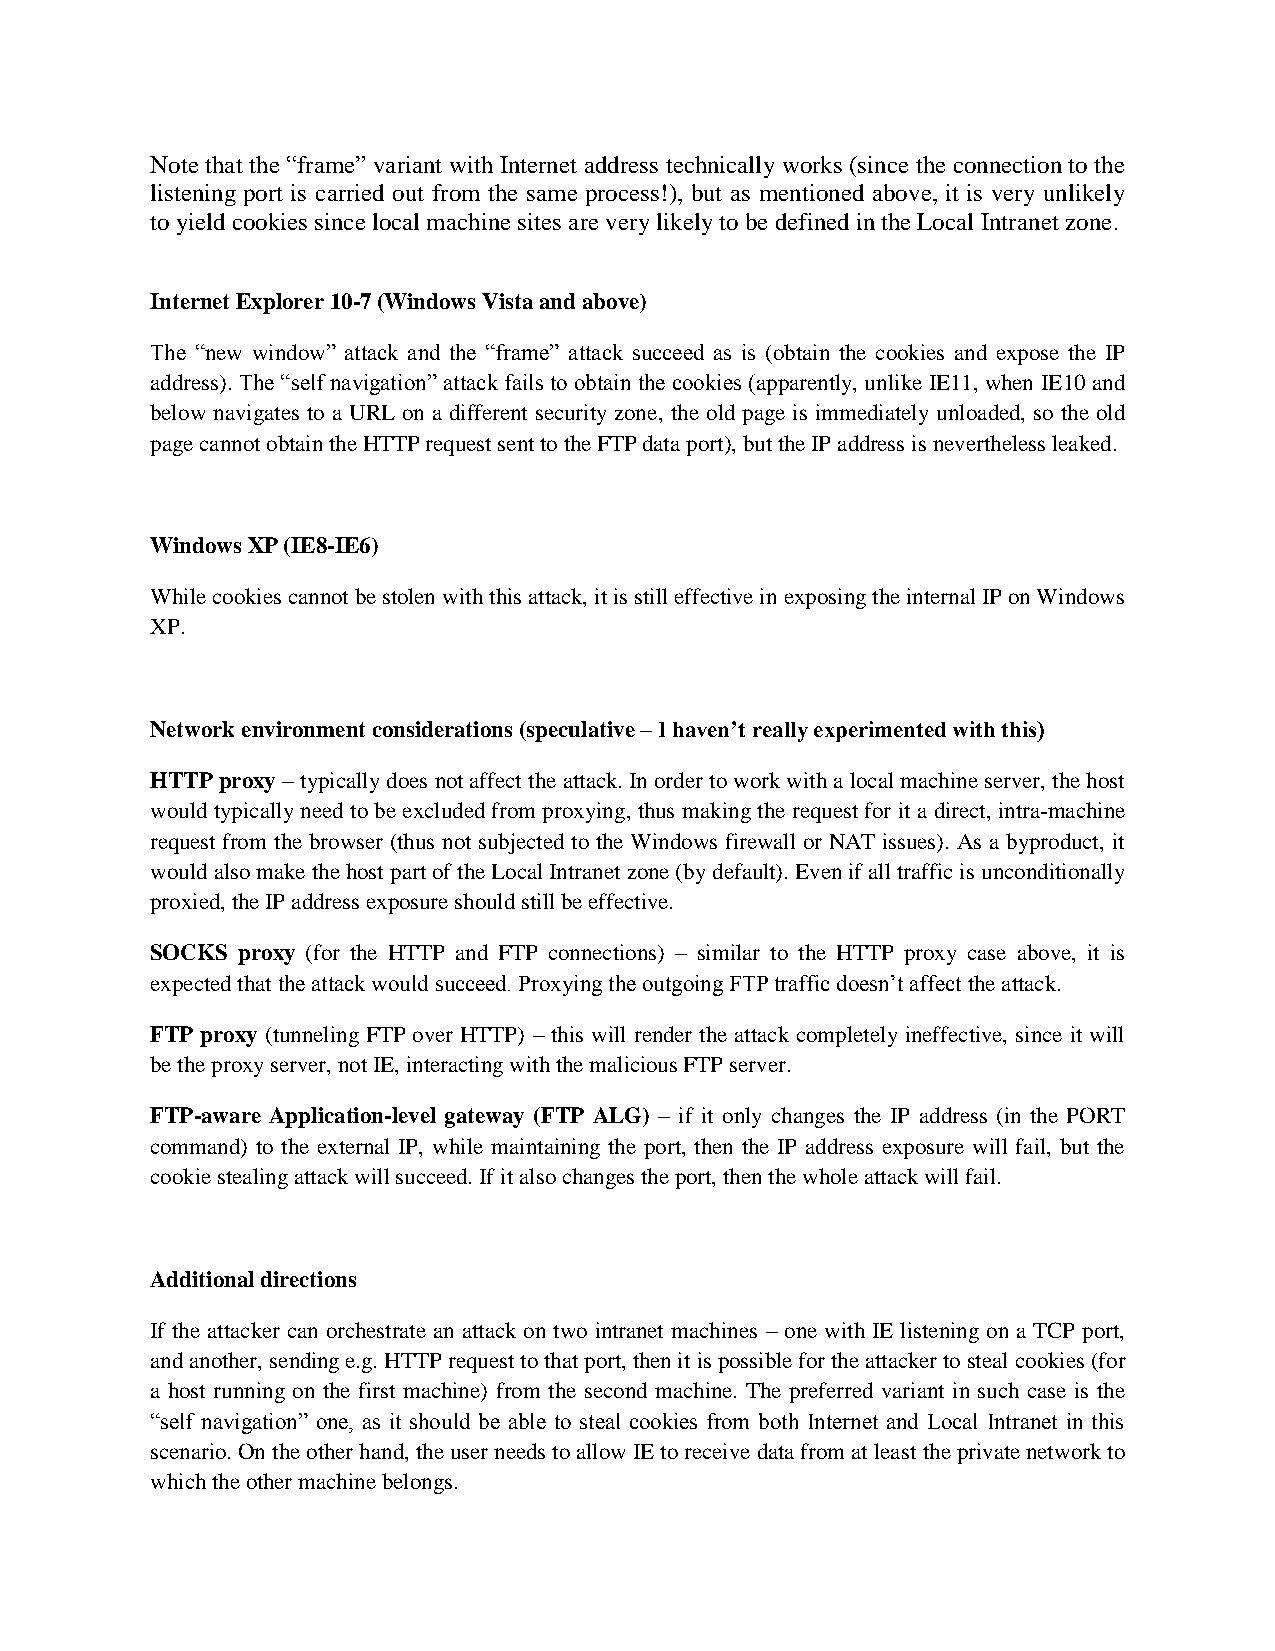
Note that the “frame” variant with Internet address technically works (since the connection to the
 listening port is carried out from the same process!), but as mentioned above, it is very unlikely
 to yield cookies since local machine sites are very likely to be defined in the Local Intranet zone.
 Internet Explorer 10-7 (Windows Vista and above)
 The “new window” attack and the “frame” attack succeed as is (obtain the cookies and expose the IP
 address). The “self navigation” attack fails to obtain the cookies (apparently, unlike IE11, when IE10 and
 below navigates to a URL on a different security zone, the old page is immediately unloaded, so the old
 page cannot obtain the HTTP request sent to the FTP data port), but the IP address is nevertheless leaked.
 Windows XP (IE8-IE6)
 While cookies cannot be stolen with this attack, it is still effective in exposing the internal IP on Windows
 XP.
 Network environment considerations (speculative – I haven’t really experimented with this)
 HTTP proxy – typically does not affect the attack. In order to work with a local machine server, the host
 would typically need to be excluded from proxying, thus making the request for it a direct, intra-machine
 request from the browser (thus not subjected to the Windows firewall or NAT issues). As a byproduct, it
 would also make the host part of the Local Intranet zone (by default). Even if all traffic is unconditionally
 proxied, the IP address exposure should still be effective.
 SOCKS proxy (for the HTTP and FTP connections) – similar to the HTTP proxy case above, it is
 expected that the attack would succeed. Proxying the outgoing FTP traffic doesn’t affect the attack.
 FTP proxy (tunneling FTP over HTTP) – this will render the attack completely ineffective, since it will
 be the proxy server, not IE, interacting with the malicious FTP server.
 FTP-aware Application-level gateway (FTP ALG) – if it only changes the IP address (in the PORT
 command) to the external IP, while maintaining the port, then the IP address exposure will fail, but the
 cookie stealing attack will succeed. If it also changes the port, then the whole attack will fail.
 Additional directions
 If the attacker can orchestrate an attack on two intranet machines – one with IE listening on a TCP port,
 and another, sending e.g. HTTP request to that port, then it is possible for the attacker to steal cookies (for
 a host running on the first machine) from the second machine. The preferred variant in such case is the
 “self navigation” one, as it should be able to steal cookies from both Internet and Local Intranet in this
 scenario. On the other hand, the user needs to allow IE to receive data from at least the private network to
 which the other machine belongs.